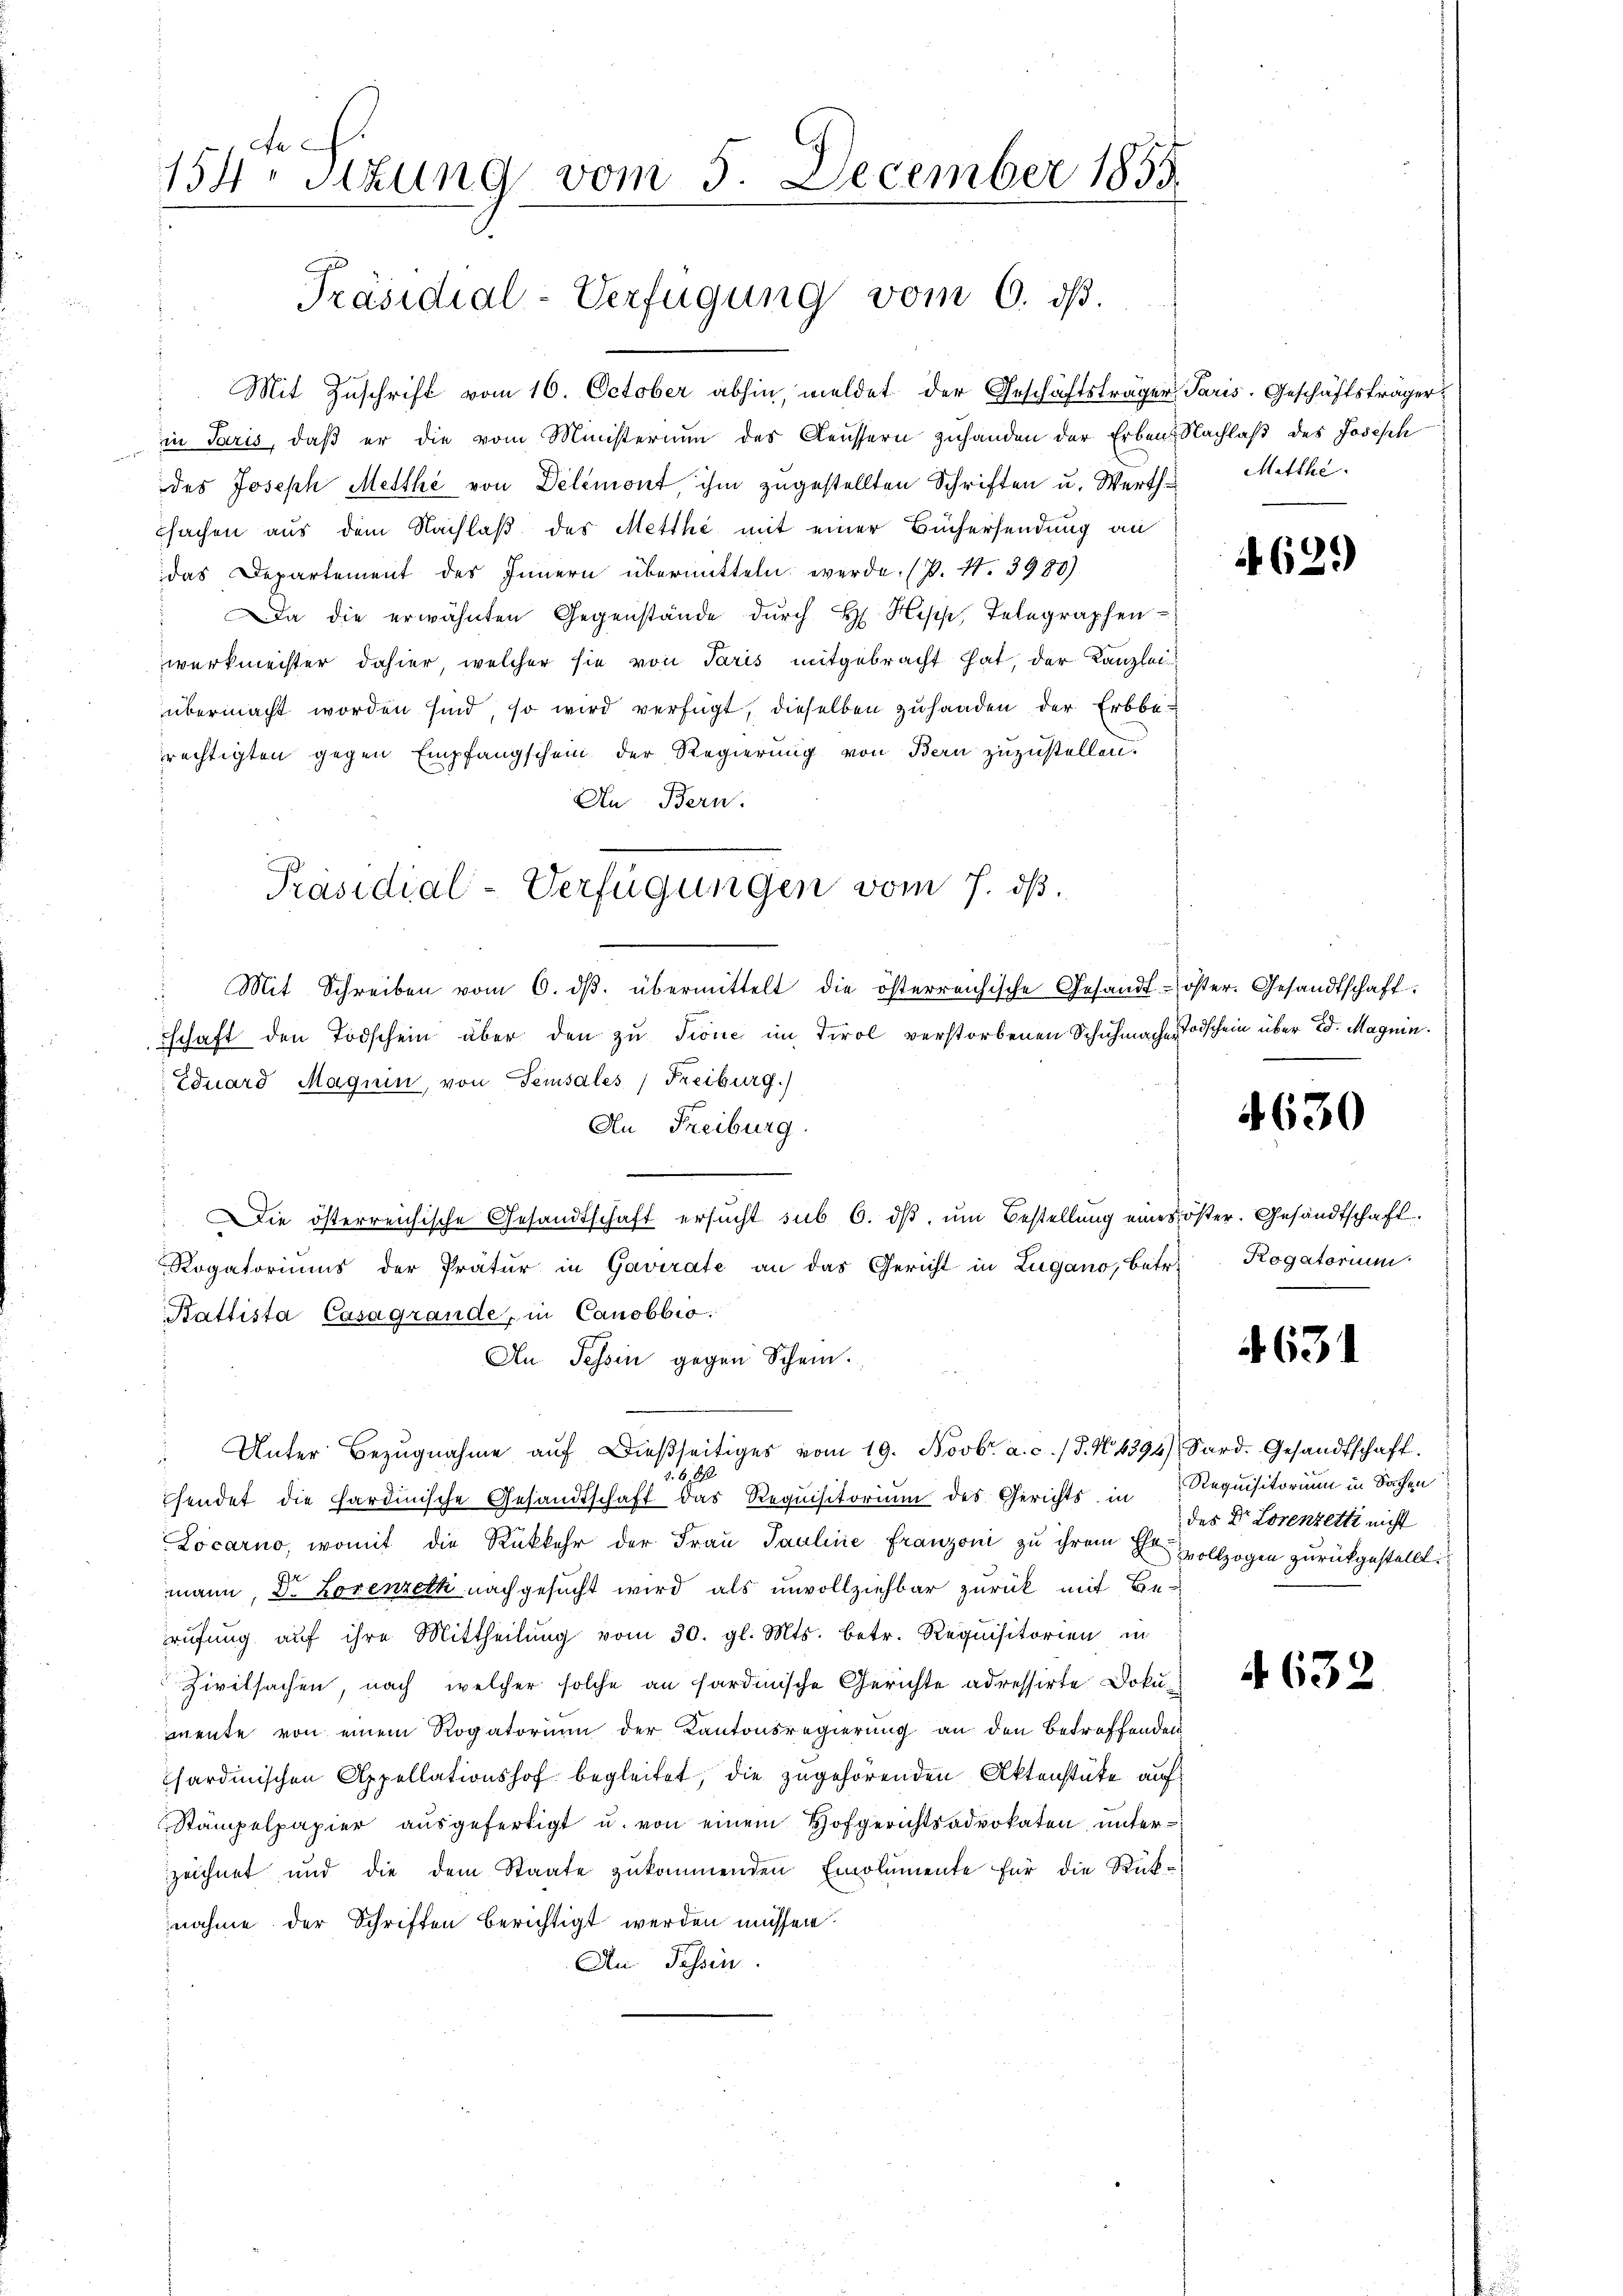
d

ca
154 sizung vom 5. December 1855
Präsidial-Verfügung vom 6. ds.

Mit Zuschrift vom 16. October abhin, meldet der Geschäftsträger Paris. Geschäftsträger
in Paris, daß er die vom Ministerium des Aeussern zuhanden der Erben. Nachlaß des Joseph
des Joseph Metthé von Delémont, ihm zugestellten Schriften u. Werth. Mitthe
fachen aus dem Nachlaß des Metthé mit einer Büchersendung an
das Departement des Innern übermitteln werde. (P. N. 3980)
Da die erwähnten Gegenstände durch H. Hess, Telegraphen-
werkmeister dahier, welcher sie von Paris mitgebracht hat, der Kanzlei
übermacht worden sind, so wird verfügt, dieselben zuhanden der Erbbe-
rechtigten gegen Empfangschein der Regierung von Bern zuzustellen.
An Bern.
Mit Schreiben vom 6. dβ. übermittelt die österreichische Gesandt-öster. Gesandtschaft.
schaft den Todschein aber den zu Tione im Tirol verstorbenen Schuhmache Todschein über d. Magnin.
 Eduard Magnin, von Sensales (Freiburg)
An Freiburg.
Die österreichische Gesandtschaft ersucht sub 6. dβ, um Bestellung eines öster. Gesandtschaft
Rogatoriums der Pratur in Gavirate an das Gericht in Zugano, betr.
Battista Casagrande, in Canobbio:
An Tessin gegen Schein.
" Unter Bezŭgnahme aŭf dießseitiges vom 19. Novbr. a. c. /d. N. 1394 Sard. Gesandtschaft.
1. 688.
sendet die hardinische Gesandtschaft das Requisitorium des Gerichts in Requisitorium in Sachen
Locarno, womit die Rükkehr der Fraŭ Pauline Franzoni zu ihrem Er vollzogen zurückgestellt.
mann, Dr. Lorenzeck nachgesucht wird als unvollziehbar zurück mit Berufung auf ihre Mittheilung vom 30. gl. Mts. betr. Requisitorien in
Zivilsachen, nach welcher solche an sardinische Gerichte adressirte Doku-
mente von einem Rogatorium der Kantonsregierung an den betreffenden
sardinischen Appellationshof begleitet, die zugehörenden Aktenstüke auf
Stämpelpapier ausgefertigt u. von einem Hofgerichtsadvokaten unterzeichnet und die dem Staate zukommenden Emolumente für die Rück-
nahme der Schriften berichtigt werden müssen.
An Tessin.

Präsidial-Verfügungen vom 7. dß.

639)

4630

Rogatorium

4631

des Dr. Lorenzette nicht

4632